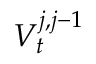
V _ { t } ^ { j , j - 1 }